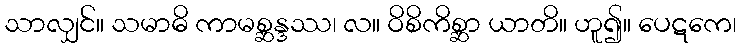
သာလျှင်။ သမာဓိ ကာမစ္ဆန္ဒဿ၊ လ။ ဝိစိကိစ္ဆာ ယာတိ။ ဟူ၍။ ပေဋကေ၊